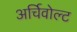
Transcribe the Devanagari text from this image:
अर्चिवोल्ट